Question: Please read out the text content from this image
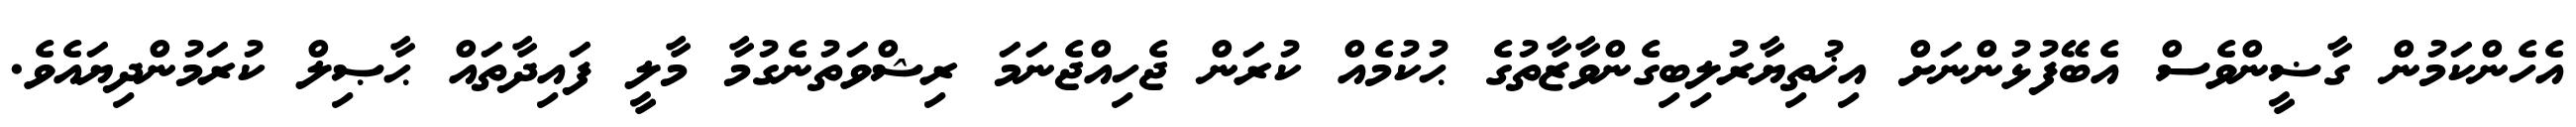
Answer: އެހެންކަމުން ގާޟީންވެސް އެބޭފުޅުންނަށް އިޚުތިޔާރުލިބިގެންވާޒާތުގެ ޙުކުމެއް ކުރަން ޖެހިއްޖެނަމަ ރިޝްވަތުނެގުމާ މާލީ ފައިދާތައް ޙާޞިލް ކުރަމުންދިޔައެވެ.